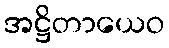
အဋ္ဌိတာယေဝ